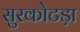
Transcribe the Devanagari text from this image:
सुरकोटड़ा